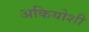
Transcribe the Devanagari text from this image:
अकियोशी